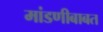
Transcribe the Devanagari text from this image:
मांडणीबाबत